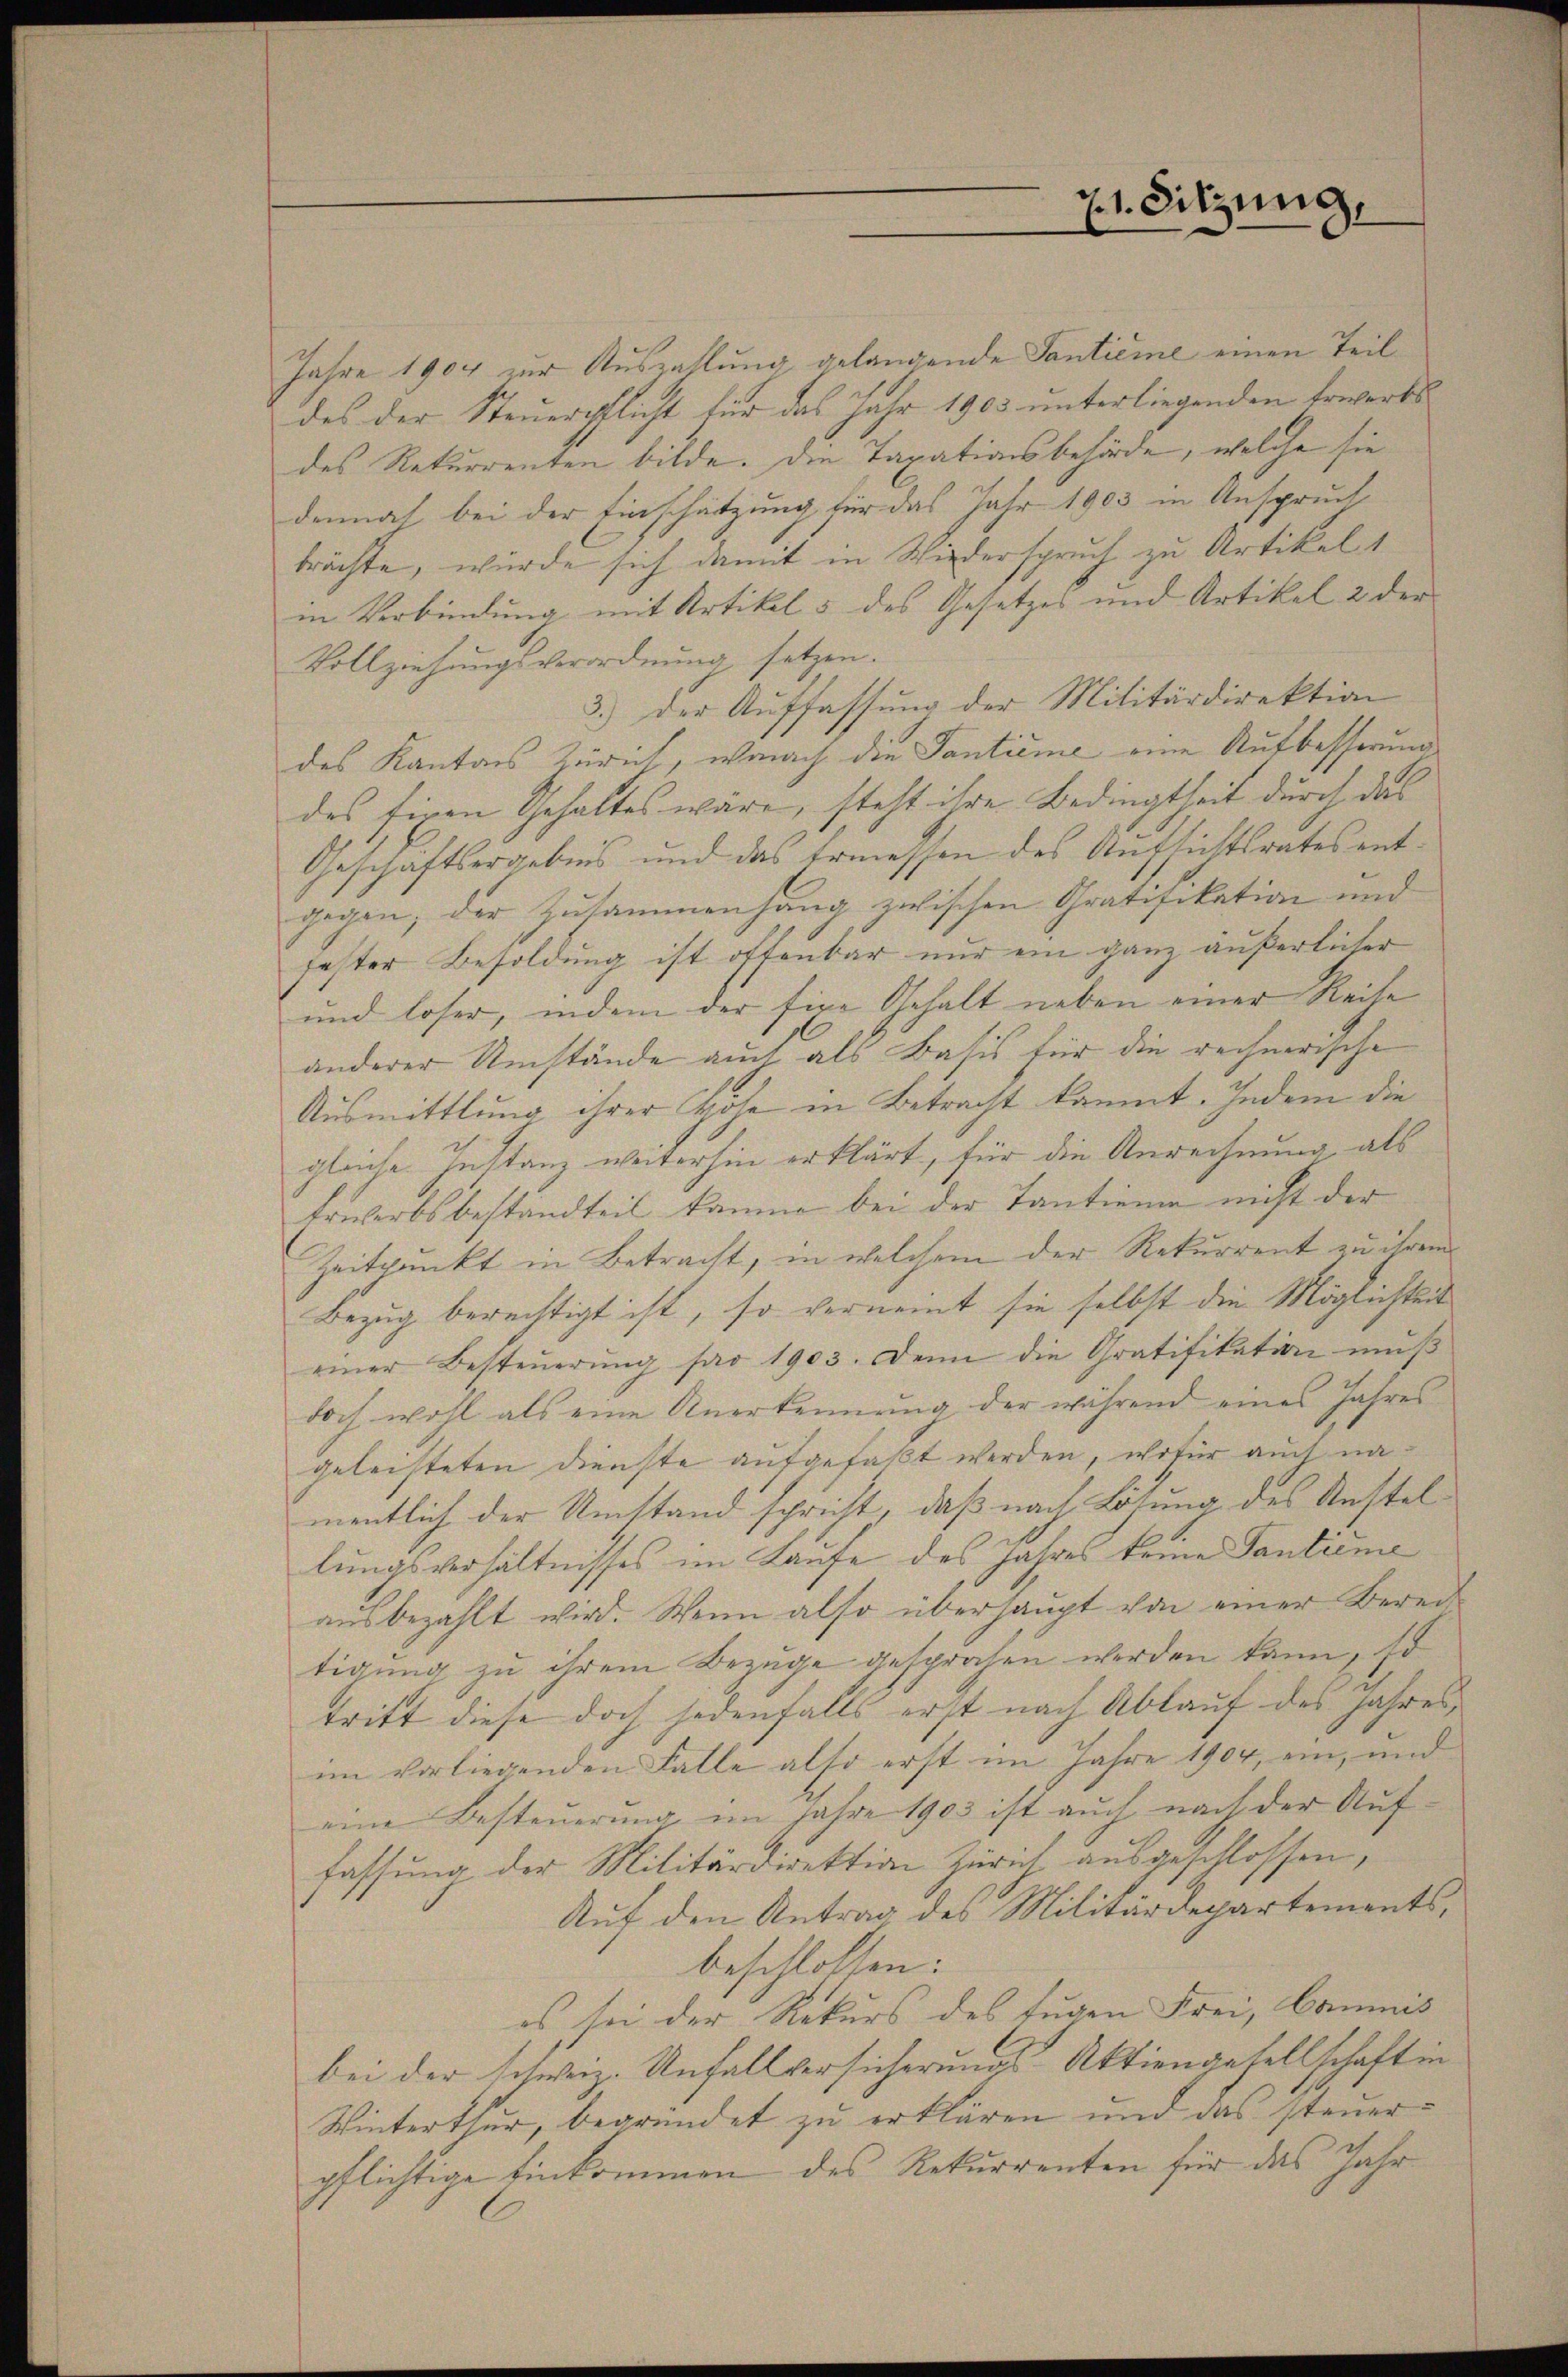
Jahre 1904 zur Auszahlung gelangende Tantieme einen Teil
des der Steuerpflicht für das Jahr 1903 unterliegenden Erwerksdes Rekurrenten bilde. Die Taxationsbehörde, welche sie
denmal bei der Einschätzung für das Jahr 1903 in Anspruch
brächte, würde sich damit in Wiederspruch zu Artikel 1
in Verbindung mit Artikel 5 des Gesetzes und Artikel 2 der
Vollziehungsverordnung, setzen.
3.) Der Auffassung der Militärdirektion
des Kantons Zürich, wonach die Tantieme eine Aufbesserung
des firen Gehaltes wäre, steht ihre Bedingtheit durch das
Geschäftsergebnis und das Ermessen des Aufsichtsrates entgegen; der Zusammenhang zwischen Gratifikation und
fester Besoldung ist offenbar nur ein ganz äußerlicher
und loser, indem der fire Gehalt neben einer Reihe
anderer Umstände auch als Basis für die rechnerische
Ausmittlung ihrer Cose in Betracht kommt. Indem die
gleiche Instanz weiterhin erklärt, für die Anrechnung, als
Erwerbsbestandteil komme bei der Tantieme nicht der
Zeitpunkt in Betracht, in welchem der Rekurrent zu ihrem
Bezug berechtigt ist, so verneint sie selbst die Möglichkeit
einer Besteuerung far 1903. Denn die Gratifikation muß
doch wohl als eine Anerkennung der während eines Jahres
geleisteten Dienste aufgefaßt werden, wofür auch namentlich der Umstand spricht, daß nach Lösung des Restellungsverhältnisses im Laufe des Jahres keine Tantieme
ausbezahlt wird. Wenn also überhaupt von einer Berei
tigung zu ihrem Bezuge gesprochen werden kann, so
tritt diese doch jedenfalls erst nach Ablauf des Jahres,
im vorliegenden Falle also erst im Jahre 1904, ein, und
eine Besteuerung im Jahre 1903 ist auch nach der Auffassung der Militärdirektion Zürich ausgeschlossen,
Auf den Antrag des Militärdepartementsbeschlossen:
es sei der Rekurs des fugen Frei, Commis
bei der schweiz. Unfallversicherungs Aktiengesellschaft in
Winterthur, begründet zu erklären und das steuerpflichtige Einkommen des Rekurrenten für das Jahr

21. Sitzung,